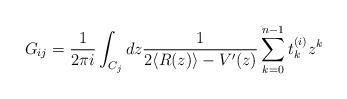
LaTeX: \begin{align*}G_{ij}=\frac{1}{2\pi i}\int_{C_j} dz \frac{1}{2 \langle R(z)\rangle -V'(z)}\sum_{k=0}^{n-1}t^{(i)}_k z^k\end{align*}